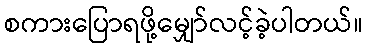
စကားပြောရဖို့မျှော်လင့်ခဲ့ပါတယ်။